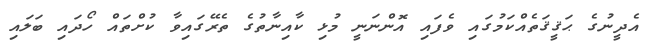
އެދީނުގެ ޙަޤީޤަތެއްކަމުގައި ވެފައި އޮންނަނީ މުޅި ކާއިނާތުގެ ތެރޭގައިވާ ކުށްތައް ހޯދައި ބަލައި